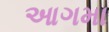
આગમા